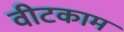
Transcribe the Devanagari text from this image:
वीटकाम